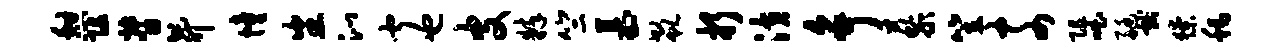
憩阻督升憧番沁闻也皮粹竺慕欷折潢争藜笠奈阻咄艇献獠称